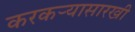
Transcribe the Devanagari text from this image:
करकऱ्यासारखी